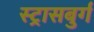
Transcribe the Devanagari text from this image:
स्ट्रासबुर्ग